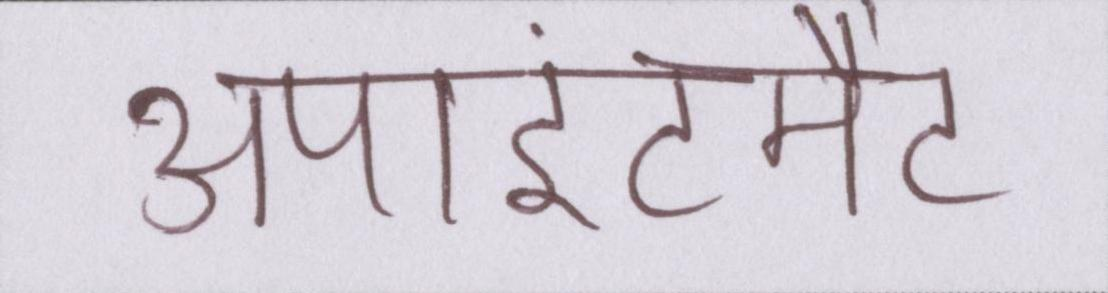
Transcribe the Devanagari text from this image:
अपाइंटमैंट